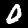
Digit: 0